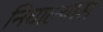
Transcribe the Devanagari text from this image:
निघाल्यास